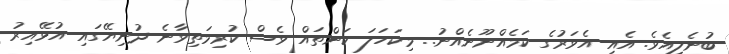
ބުނެލިއެވެ. އެއި އެވަރުގެ ކަމެއްނޫނެއްނު.. މިކަހަލަ ކަންތައް ވެސް ކުރިމަތިވާނެ ދުނިޔޭގައި އުޅޭއިރު